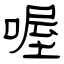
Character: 喔